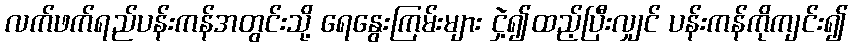
လက်ဖက်ရည်ပန်းကန်အတွင်းသို့ ရေနွေးကြမ်းများ ငှဲ့၍ထည့်ပြီးလျှင် ပန်းကန်ကိုကျင်း၍